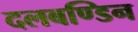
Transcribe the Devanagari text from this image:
दलबण्डिन